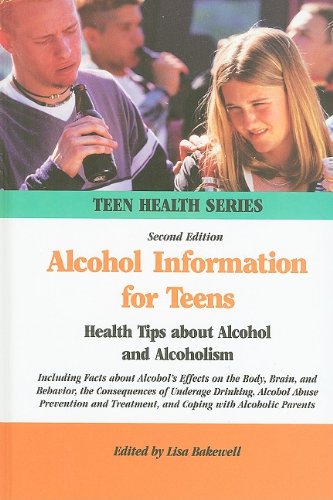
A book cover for Alcohol Information for Teens: Health Tips About Alcohol and Alcoholism (Teen Health Series); Teen & Young Adult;